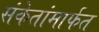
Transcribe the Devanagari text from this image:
संकेतांमार्फत